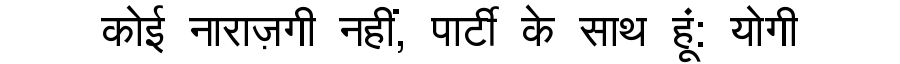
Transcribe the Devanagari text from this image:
कोई नाराज़गी नहीं, पार्टी के साथ हूं: योगी